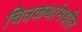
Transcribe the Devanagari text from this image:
चित्रकथांमधील